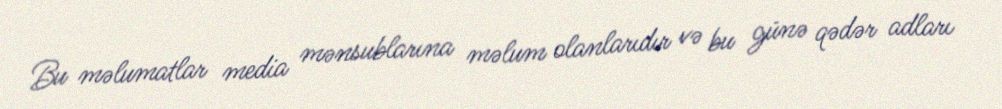
Bu məlumatlar media mənsublarına məlum olanlarıdır və bu günə qədər adları